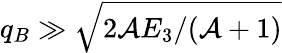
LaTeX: q_{B}\gg\sqrt{2\mathcal{A}E_{3}/(\mathcal{A}+1)}